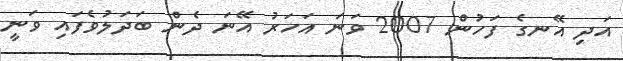
އަދި އޭނގެ ފަހުން 2007 ވަނަ އަހަރު އޭނަ ދެން ބަދަލުވެފައި ވަނީ